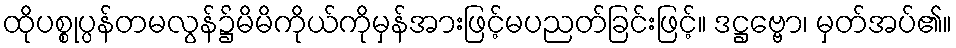
ထိုပစ္စုပ္ပန်တမလွန်၌မိမိကိုယ်ကိုမှန်အားဖြင့်မပညတ်ခြင်းဖြင့်။ ဒဋ္ဌဗ္ဗော၊ မှတ်အပ်၏။